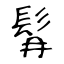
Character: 髥